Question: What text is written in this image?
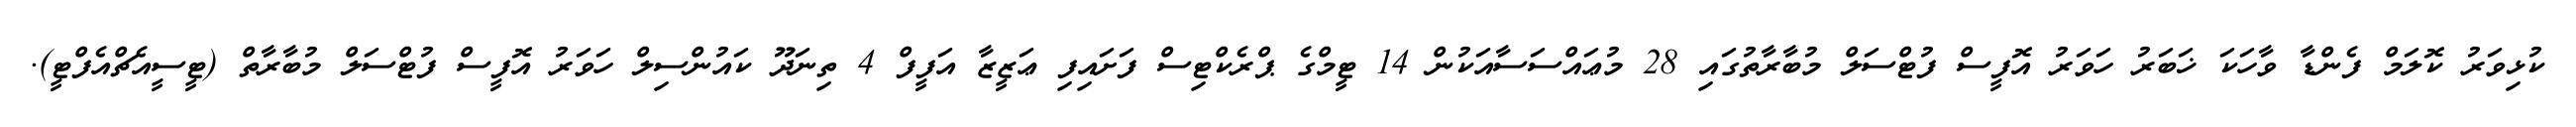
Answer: ކުޅިވަރު ކޮލަމް ފެންޑާ ވާހަކަ ޚަބަރު ހަވަރު އޮފީސް ފުޓްސަލް މުބާރާތުގައި 28 މުޢައްސަސާއަކުން 14 ޓީމްގެ ޕްރެކްޓިސް ފަށައިފި ޢަޒީޒާ އަފީފް 4 ތިނަދޫ ކައުންސިލް ހަވަރު އޮފީސް ފުޓްސަލް މުބާރާތް (ޓީސީއެޗްއެފްޓީ).